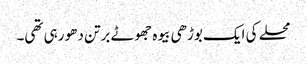
محلے کی ایک بوڑھی بیوہ جھوٹے برتن دھو رہی تھی۔